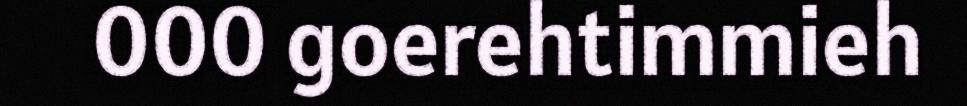
000 goerehtimmieh